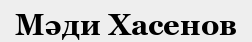
Мәди Хасенов